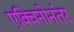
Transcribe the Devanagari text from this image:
एक्विनोनंतर